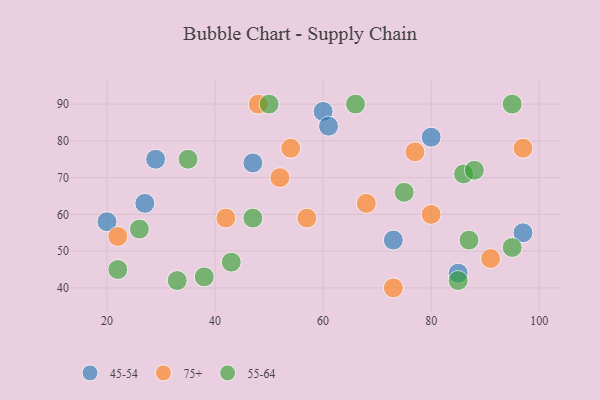
{"axis": {"x": "GDP", "y": "Life Expectancy"}, "legend": ["45-54", "55-64", "75+"], "data": [{"x": "60", "y": 88, "type": "45-54"}, {"x": "29", "y": 75, "type": "45-54"}, {"x": "20", "y": 58, "type": "45-54"}, {"x": "85", "y": 44, "type": "45-54"}, {"x": "47", "y": 74, "type": "45-54"}, {"x": "61", "y": 84, "type": "45-54"}, {"x": "97", "y": 55, "type": "45-54"}, {"x": "73", "y": 53, "type": "45-54"}, {"x": "27", "y": 63, "type": "45-54"}, {"x": "80", "y": 81, "type": "45-54"}, {"x": "68", "y": 63, "type": "75+"}, {"x": "57", "y": 59, "type": "75+"}, {"x": "80", "y": 60, "type": "75+"}, {"x": "73", "y": 40, "type": "75+"}, {"x": "77", "y": 77, "type": "75+"}, {"x": "54", "y": 78, "type": "75+"}, {"x": "48", "y": 90, "type": "75+"}, {"x": "52", "y": 70, "type": "75+"}, {"x": "42", "y": 59, "type": "75+"}, {"x": "22", "y": 54, "type": "75+"}, {"x": "91", "y": 48, "type": "75+"}, {"x": "97", "y": 78, "type": "75+"}, {"x": "66", "y": 90, "type": "55-64"}, {"x": "50", "y": 90, "type": "55-64"}, {"x": "85", "y": 42, "type": "55-64"}, {"x": "95", "y": 51, "type": "55-64"}, {"x": "75", "y": 66, "type": "55-64"}, {"x": "86", "y": 71, "type": "55-64"}, {"x": "47", "y": 59, "type": "55-64"}, {"x": "35", "y": 75, "type": "55-64"}, {"x": "22", "y": 45, "type": "55-64"}, {"x": "87", "y": 53, "type": "55-64"}, {"x": "33", "y": 42, "type": "55-64"}, {"x": "38", "y": 43, "type": "55-64"}, {"x": "26", "y": 56, "type": "55-64"}, {"x": "88", "y": 72, "type": "55-64"}, {"x": "43", "y": 47, "type": "55-64"}, {"x": "95", "y": 90, "type": "55-64"}]}